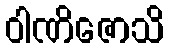
ဝါဏိဇောသိ